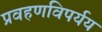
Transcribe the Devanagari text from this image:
प्रवहणविपर्यय